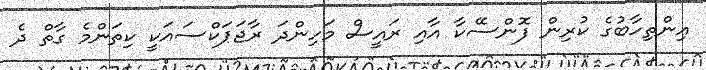
އިންތިހާބުގެ ކުރިން ފޮންސޭކާ އާއި ރައީސް މަހިންދަ ރާޖަޕަކްސައަކީ ކިތަންމެ ގާތް ދެ